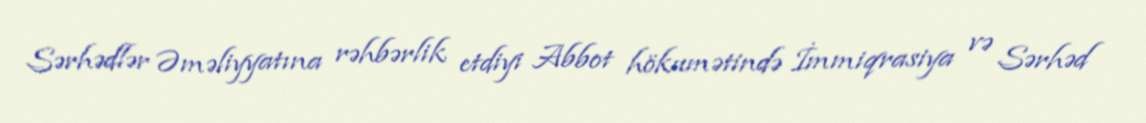
Sərhədlər Əməliyyatına rəhbərlik etdiyi Abbot hökumətində İmmiqrasiya və Sərhəd